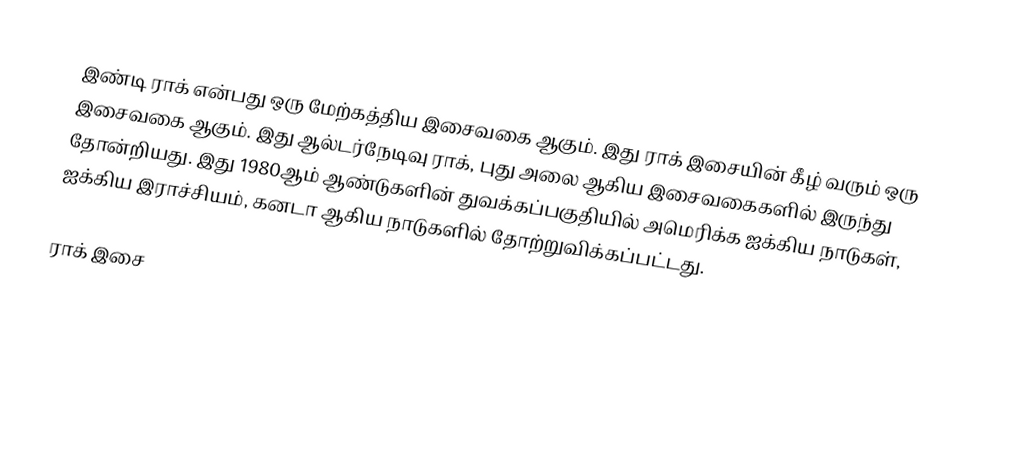
இண்டி ராக் என்பது ஒரு மேற்கத்திய இசைவகை ஆகும். இது ராக் இசையின் கீழ் வரும் ஒரு இசைவகை ஆகும். இது ஆல்டர்நேடிவு ராக், புது அலை ஆகிய இசைவகைகளில் இருந்து தோன்றியது. இது 1980ஆம் ஆண்டுகளின் துவக்கப்பகுதியில் அமெரிக்க ஐக்கிய நாடுகள், ஐக்கிய இராச்சியம், கனடா ஆகிய நாடுகளில் தோற்றுவிக்கப்பட்டது.

ராக் இசை